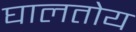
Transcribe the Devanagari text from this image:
घालतोय